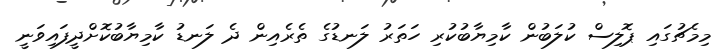
މިމެޗުގައި ޕޮލިސް ކުލަބުން ކާމިޔާބުކުރި ހަތަރު ލަނޑުގެ ތެރެއިން ދެ ލަނޑު ކާމިޔާބުކޮށްދީފައިވަނީ